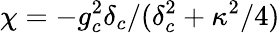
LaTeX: \chi=-g_{c}^{2}\delta_{c}/(\delta_{c}^{2}+\kappa^{2}/4)